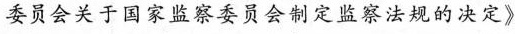
委员会关于国家监察委员会制定监察法规的决定》